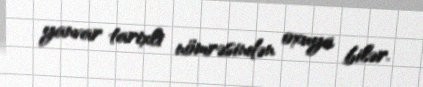
yanvar tarixli nömrəsindən oxuya bilər.